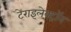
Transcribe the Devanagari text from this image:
टेराइलेक्ट्रॉन